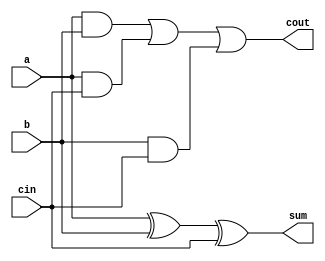
module full_adder(cout, sum, a, b, cin);
  output cout, sum;
  input a, b, cin;
  xor x0(sum, a, b, cin);
  and a1(net1, a, b);
  and a2(net2, a, cin);
  and a3(net3, b, cin);
  or n4(cout, net1, net2, net3);
endmodule